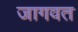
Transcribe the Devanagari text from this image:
जागवत